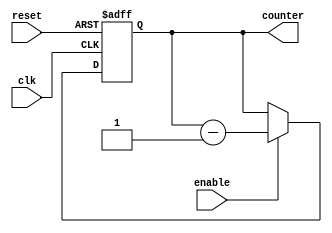
module timing_control (
    input wire clk,
    input wire enable,
    input wire reset,
    output reg [N-1:0] counter
);

parameter N = 8; // Set N value for counter

always @(posedge clk or posedge reset)
    if (reset)
        counter <= N;
    else if (enable)
        counter <= counter - 1;

endmodule